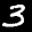
Label: 3